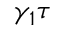
\gamma _ { 1 } \tau